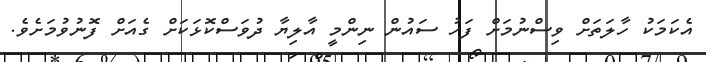
އެކަމަކު ހާލަތަށް ވިސްނުމަށް ފަހު ސައުން ނިންމީ އާލިޔާ ދުވަސްކޮޅަކަށް ގެއަށް ފޮނުވުމަށެވެ.